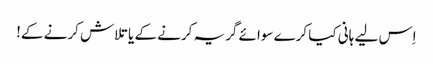
اِس لیے ہانی کیا کرے سوائے گریہ کرنے کے یا تلاش کرنے کے!